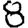
Digit: 8